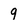
Character: 9